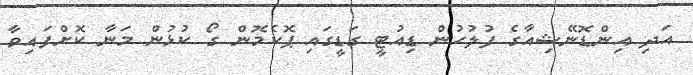
އަދި އިންޑޮނޭޝިއާގެ ފުލުހުން ޑިއުޓީ ގަޑީގައި ޕޮކެމޮން ގޯ ކުޅުން މަނާ ކޮށްފައިވާ